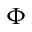
\Phi